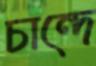
চান্দে